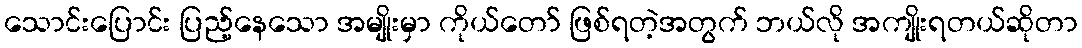
သောင်းပြောင်း ပြည့်နေသော အမျိုးမှာ ကိုယ်တော် ဖြစ်ရတဲ့အတွက် ဘယ်လို အကျိုးရတယ်ဆိုတာ